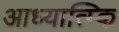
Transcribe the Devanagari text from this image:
आध्यात्म्कि